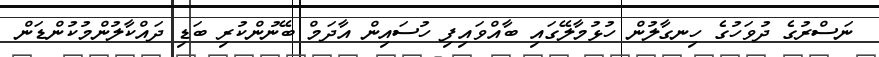
ނަސްރުގެ ދުވަހުގެ ހިނގާލުން ހުޅުމާލޭގައި ބާއްވައިފި ހުސައިން އާދަމް ބޭނުންކުރި ބަޑި ދައްކާލުންމުކުންޑަން